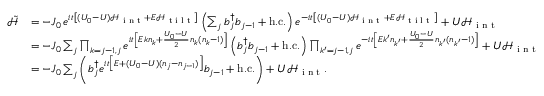
\begin{array} { r l } { \tilde { \mathcal { H } } } & { = - J _ { 0 } \, e ^ { i t \left[ ( U _ { 0 } - U ) { \mathcal { H } } _ { \textrm { i n t } } + E { \mathcal { H } } _ { \textrm { t i l t } } \right] } \left( \sum _ { j } { b } _ { j } ^ { \dagger } { b } _ { j - 1 } + \mathrm { h . c . } \right) e ^ { - i t \left[ ( U _ { 0 } - U ) { \mathcal { H } } _ { \textrm { i n t } } + E { \mathcal { H } } _ { \textrm { t i l t } } \right] } + U { \mathcal { H } } _ { \textrm { i n t } } } \\ & { = - J _ { 0 } \sum _ { j } \prod _ { k = j - 1 , j } e ^ { i t \left[ E k { n } _ { k } + \frac { U _ { 0 } - U } { 2 } { n } _ { k } ( { n } _ { k } - 1 ) \right] } \left( { b } _ { j } ^ { \dagger } { b } _ { j - 1 } + \mathrm { h . c . } \right) \prod _ { k ^ { \prime } = j - 1 , j } e ^ { - i t \left[ E k ^ { \prime } { n } _ { k ^ { \prime } } + \frac { U _ { 0 } - U } { 2 } { n } _ { k ^ { \prime } } ( { n } _ { k ^ { \prime } } - 1 ) \right] } + U { \mathcal { H } } _ { \textrm { i n t } } } \\ & { = - J _ { 0 } \sum _ { j } \left( { b } _ { j } ^ { \dagger } e ^ { i t \left[ E + ( U _ { 0 } - U ) ( { n } _ { j } - { n } _ { j - 1 } ) \right] } { b } _ { j - 1 } + \mathrm { h . c . } \right) + U { \mathcal { H } } _ { \textrm { i n t } } . } \end{array}